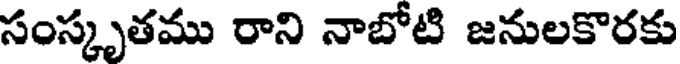
సంస్కృతము రాని నాబోటి జనులకొరకు